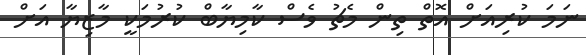
ނަމަ ކުރިއަށް އޮތް ތިން މެޗު ވެސް ކާމިޔާބް ކުރުމަކީ މާޒިޔާ އަށް